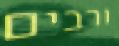
ורבים